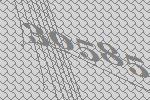
30585